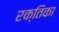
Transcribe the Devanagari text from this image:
रक्तिका